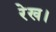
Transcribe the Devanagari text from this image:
रेख।